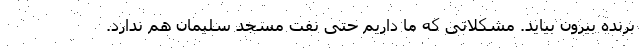
برنده بیرون بیاید. مشکلاتی که ما داریم حتی نفت مسجد سلیمان هم ندارد.